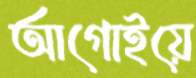
আগোইয়ে